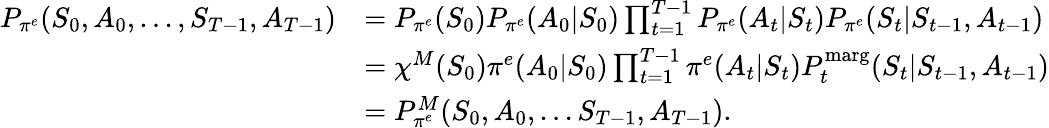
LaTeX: \begin{array}{rl}{P_{\pi^{e}}(S_{0},A_{0},...,S_{T-1},A_{T-1})}&{=P_{\pi^{e}}(S_{0})P_{\pi^{e}}(A_{0}|S_{0})\prod_{t=1}^{T-1}P_{\pi^{e}}(A_{t}|S_{t})P_{\pi^{e}}(S_{t}|S_{t-1},A_{t-1})}\\ &{=\chi^{M}(S_{0})\pi^{e}(A_{0}|S_{0})\prod_{t=1}^{T-1}\pi^{e}(A_{t}|S_{t})P_{t}^{\mathrm{marg}}(S_{t}|S_{t-1},A_{t-1})}\\ &{=P_{\pi^{e}}^{M}(S_{0},A_{0},...S_{T-1},A_{T-1}).}\end{array}